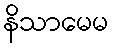
နိသာမေမ